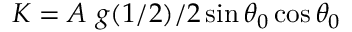
K = A \ g ( 1 / 2 ) / 2 \sin \theta _ { 0 } \cos \theta _ { 0 }